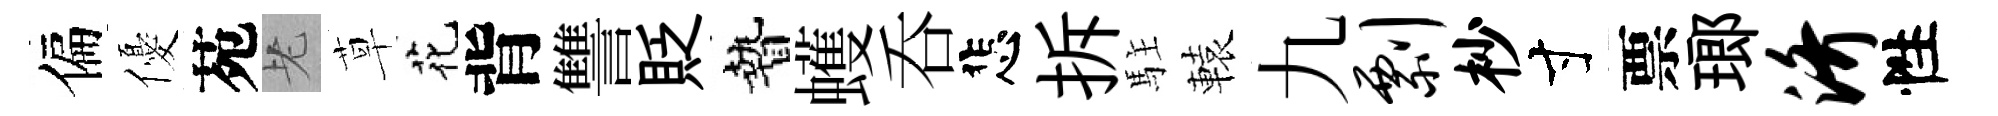
偏優苑老草花背讐貶贄蠖呑悲拆駐轅九剽杪寸票瑯济性